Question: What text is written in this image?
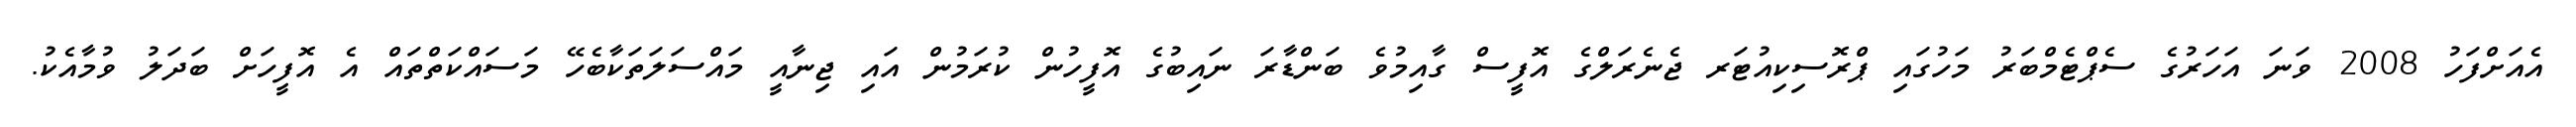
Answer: އެއަށްފަހު 2008 ވަނަ އަހަރުގެ ސެޕްޓެމްބަރު މަހުގައި ޕްރޮސިކިއުޓަރ ޖެނެރަލްގެ އޮފީސް ގާއިމުވެ ބަންޑާރަ ނައިބުގެ އޮފީހުން ކުރަމުން އައި ޖިނާއީ މައްސަލަތަކާބެހޭ މަސައްކަތްތައް އެ އޮފީހަށް ބަދަލު ވުމާއެކު.